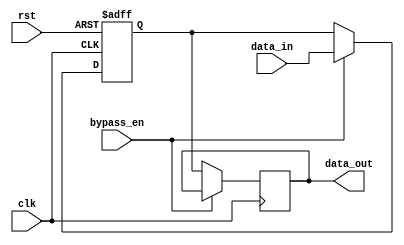
module simple_bypass_register(
  input clk,
  input rst,
  input bypass_en,
  input [31:0] data_in,
  output reg [31:0] data_out
);

reg [31:0] register;

always @(posedge clk or posedge rst) begin
  if (rst) begin
    register <= 32'h0;
  end else if (bypass_en) begin
    register <= data_in;
  end
end

always @(posedge clk) begin
  if (!bypass_en) begin
    data_out <= register;
  end
end

endmodule